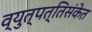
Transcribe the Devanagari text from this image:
व्युत्पत्तिसंकेत